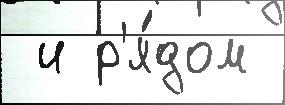
 и р'я́дом